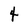
Character: 4